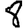
Digit: 8